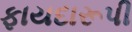
ફાયદારૂપી